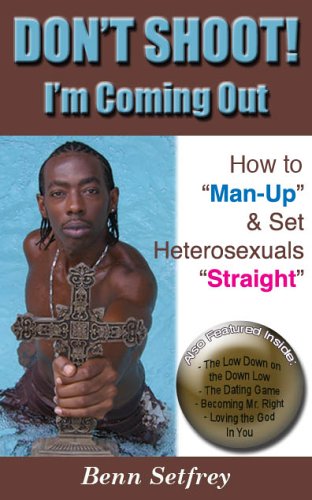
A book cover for DON'T SHOOT! I'm Coming Out ~ How to "Man-Up" and Set Heterosexuals "Straight"; Benn Setfrey; Gay & Lesbian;